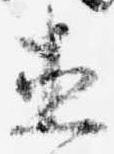
直